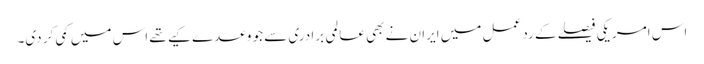
اس امریکی فیصلے کے رد عمل میں ایران نے بھی عالمی برادری سے جو وعدے کیے تھے اس میں کمی کر دی۔